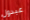
عبدول